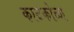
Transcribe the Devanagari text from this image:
काटकोळा